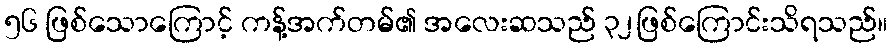
၅၆ ဖြစ်သောကြောင့် ကန့်အက်တမ်၏ အလေးဆသည် ၃၂ဖြစ်ကြောင်းသိရသည်။